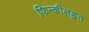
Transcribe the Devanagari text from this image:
फिन्कीलक्रुत